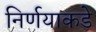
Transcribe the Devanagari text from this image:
निर्णयाकडे